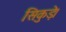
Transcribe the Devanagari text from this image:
सिकुड़े।